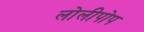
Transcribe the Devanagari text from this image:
लोलीपोप